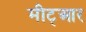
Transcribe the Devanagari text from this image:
मीट्आर